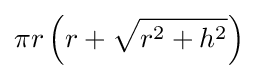
\pi r\left(r+{\sqrt {r^{2}+h^{2}}}\right)